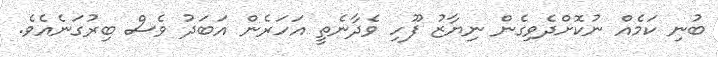
ބުނި ކަމެއް ނުކޮށްދެވިގެން ނިޔާޒު ފޫހި ވެދާނެތީ އަހަރެން އަބަދު ވެސް ބިރުގަނެއެވެ.